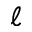
\ell